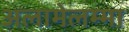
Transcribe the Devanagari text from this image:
अलामेलम्मा